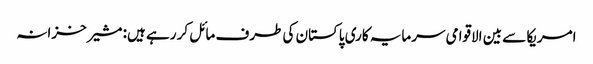
امریکا سے بین الاقوامی سرمایہ کاری پاکستان کی طرف مائل کر رہے ہیں: مشیر خزانہ